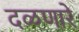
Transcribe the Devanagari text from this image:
दळणारे